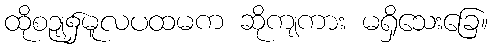
ထိုစဉျ၌မူလပထမက ဆိုကျကား မရှိသေးခြေ။